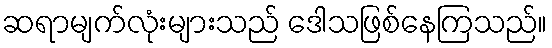
ဆရာမျက်လုံးများသည် ဒေါသဖြစ်နေကြသည်။